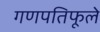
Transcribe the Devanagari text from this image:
गणपतिफूले